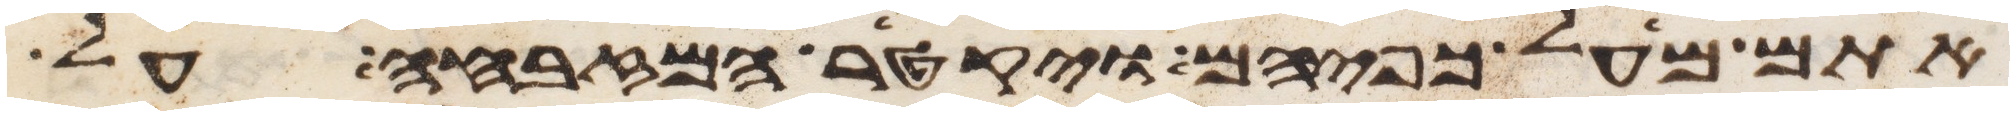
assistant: אתם מעל כפיהם ויקטר המזבחה על